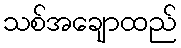
သစ်အချောထည်